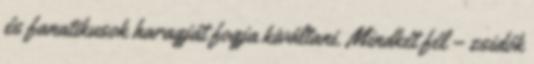
és fanatikusok haragját fogja kiváltani. Mindkét fél – zsidók